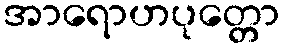
အာရောဟပုတ္တော